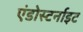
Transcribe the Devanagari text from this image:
एंडोस्टर्नाइट